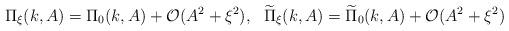
LaTeX: \begin{align*}\Pi_\xi(k,A)=\Pi_0(k,A)+\mathcal{O}(A^2+\xi^2),~~\widetilde\Pi_\xi(k,A)=\widetilde\Pi_0(k,A)+\mathcal{O}(A^2+\xi^2)\end{align*}